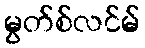
မွတ်စ်လင်မ်